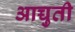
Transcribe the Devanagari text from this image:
आच्चुती